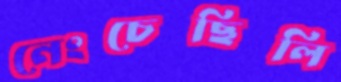
নেংচেছিলি